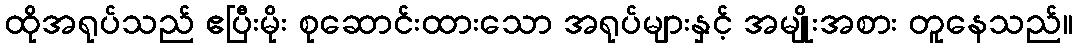
ထိုအရုပ်သည် ဧပြီးမိုး စုဆောင်းထားသော အရုပ်များနှင့် အမျိုးအစား တူနေသည်။